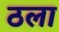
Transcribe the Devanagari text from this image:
ठला